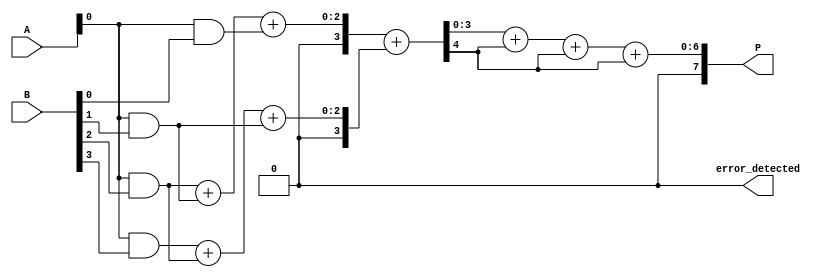
module FaultTolerantWallaceTreeMultiplier #(parameter N = 4) (
    input [N-1:0] A,
    input [N-1:0] B,
    output reg [2*N-1:0] P,
    output reg error_detected
);

    // Generate partial products
    wire [N-1:0] pp [N-1:0]; // Partial products
    genvar i, j;
    generate
        for (i = 0; i < N; i = i + 1) begin : partial_product_gen
            assign pp[i] = A & {N{B[i]}};
        end
    endgenerate

    // Wallace tree reduction
    wire [N-1:0] sum [N-1:0]; // Sums at each level
    wire [N-1:0] carry [N-1:0]; // Carries at each level

    // Level 1: Combine partial products using half adders and full adders
    // This example assumes a simple reduction for illustration
    // Actual implementation would require more levels based on N
    generate
        for (i = 0; i < N; i = i + 1) begin : wallace_tree_level1
            if (i < N-1) begin
                // Full adder for three inputs
                wire [2:0] inputs = {pp[i][0], pp[i+1][0], pp[i+2][0]};
                assign {carry[i], sum[i]} = inputs[0] + inputs[1] + inputs[2];
            end
        end
    endgenerate

    // Redundant Adders for fault tolerance (TMR)
    wire [N-1:0] sum1, sum2, sum3;
    wire [N-1:0] carry1, carry2, carry3;

    // Redundant addition using three identical adders
    assign {carry1, sum1} = sum[0] + sum[1];
    assign {carry2, sum2} = sum[0] + sum[1];
    assign {carry3, sum3} = sum[0] + sum[1];

    // Majority voting for output
    wire [N-1:0] final_sum;
    generate
        for (i = 0; i < N; i = i + 1) begin : majority_vote
            assign final_sum[i] = (sum1[i] & sum2[i]) | (sum2[i] & sum3[i]) | (sum1[i] & sum3[i]);
        end
    endgenerate

    // Final addition of the last two rows
    always @(*) begin
        P = final_sum + carry1 + carry2 + carry3; // Final product
        error_detected = (carry1 != carry2) || (carry2 != carry3); // Simple error detection
    end

endmodule